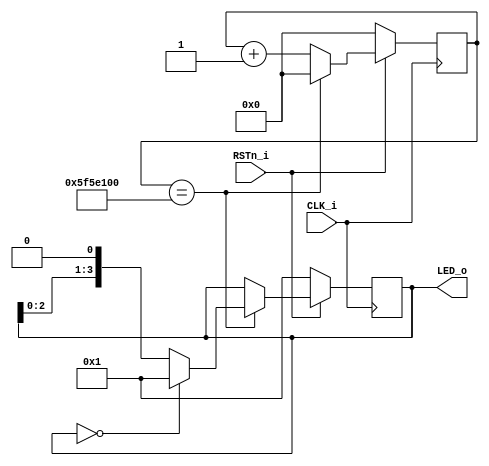
`timescale 1ns / 1ps
//////////////////////////////////////////////////////////////////////////////////
// Company: 
// Engineer: 
// 
// Design Name: 
// Module Name: Water_LED
// Project Name: 
// Target Devices: 
// Tool Versions: 
// Description: 
// 
// Dependencies: 
// 
// Revision:
// Revision 0.01 - File Created
// Additional Comments:
// 
//////////////////////////////////////////////////////////////////////////////////


module Water_LED(
    input CLK_i,
    input RSTn_i,
    output reg [3:0]LED_o
    );
    reg [31:0]C0;

always @(posedge CLK_i)
    if(!RSTn_i) begin
        LED_o <= 4'b1;
        C0 <= 32'h0;
    end
    else begin
        if(C0 == 32'd100_000_000) begin
            C0 <= 32'h0;
            if(LED_o == 32'h0)
                LED_o <= 4'b1;
            else LED_o <= LED_o << 1;
        end
        else begin 
            C0 <= C0 + 1'b1;
            LED_o <= LED_o;
        end
end
endmodule